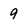
Character: 9